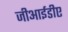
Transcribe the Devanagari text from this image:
जीआईडीए